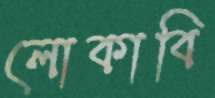
লোকাবি